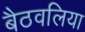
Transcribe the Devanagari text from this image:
बैठवलिया